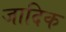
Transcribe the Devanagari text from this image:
जादिक